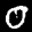
Label: 0